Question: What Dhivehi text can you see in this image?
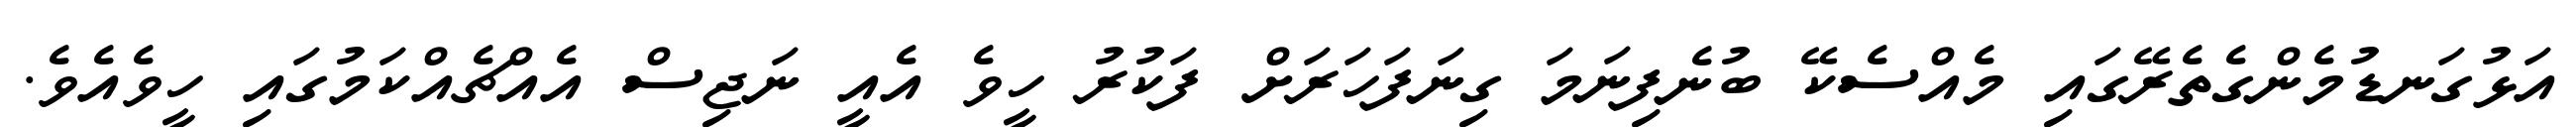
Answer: އަޅުގަނޑުމެންގެތެރޭގައި މެއްސެކޭ ބުނެފިނަމަ ގިނަފަހަރަށް ފަކުރު ހީވެ އެއީ ނަޖިސް އެއްޗެއްކަމުގައި ހީވެއެވެ.